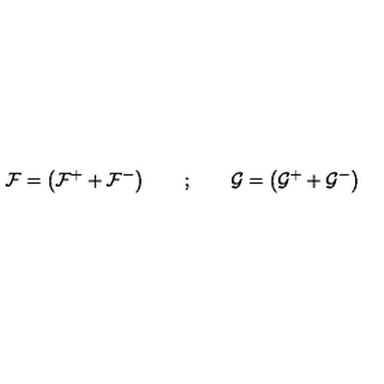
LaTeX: { \cal F } = \left( { \cal F } ^ { + } + { \cal F } ^ { - } \right) \qquad ; \qquad { \cal G } = \left( { \cal G } ^ { + } + { \cal G } ^ { - } \right)